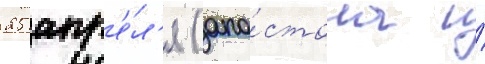
25 апр'е́л'я (апо́стола и́